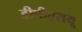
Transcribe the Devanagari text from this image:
डीपीएसयू